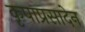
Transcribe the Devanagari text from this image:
कृपाप्रसादेन